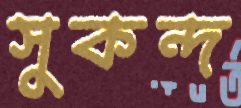
সুকন্দ